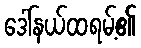
ဒေါ်နယ်ထရမ့်၏